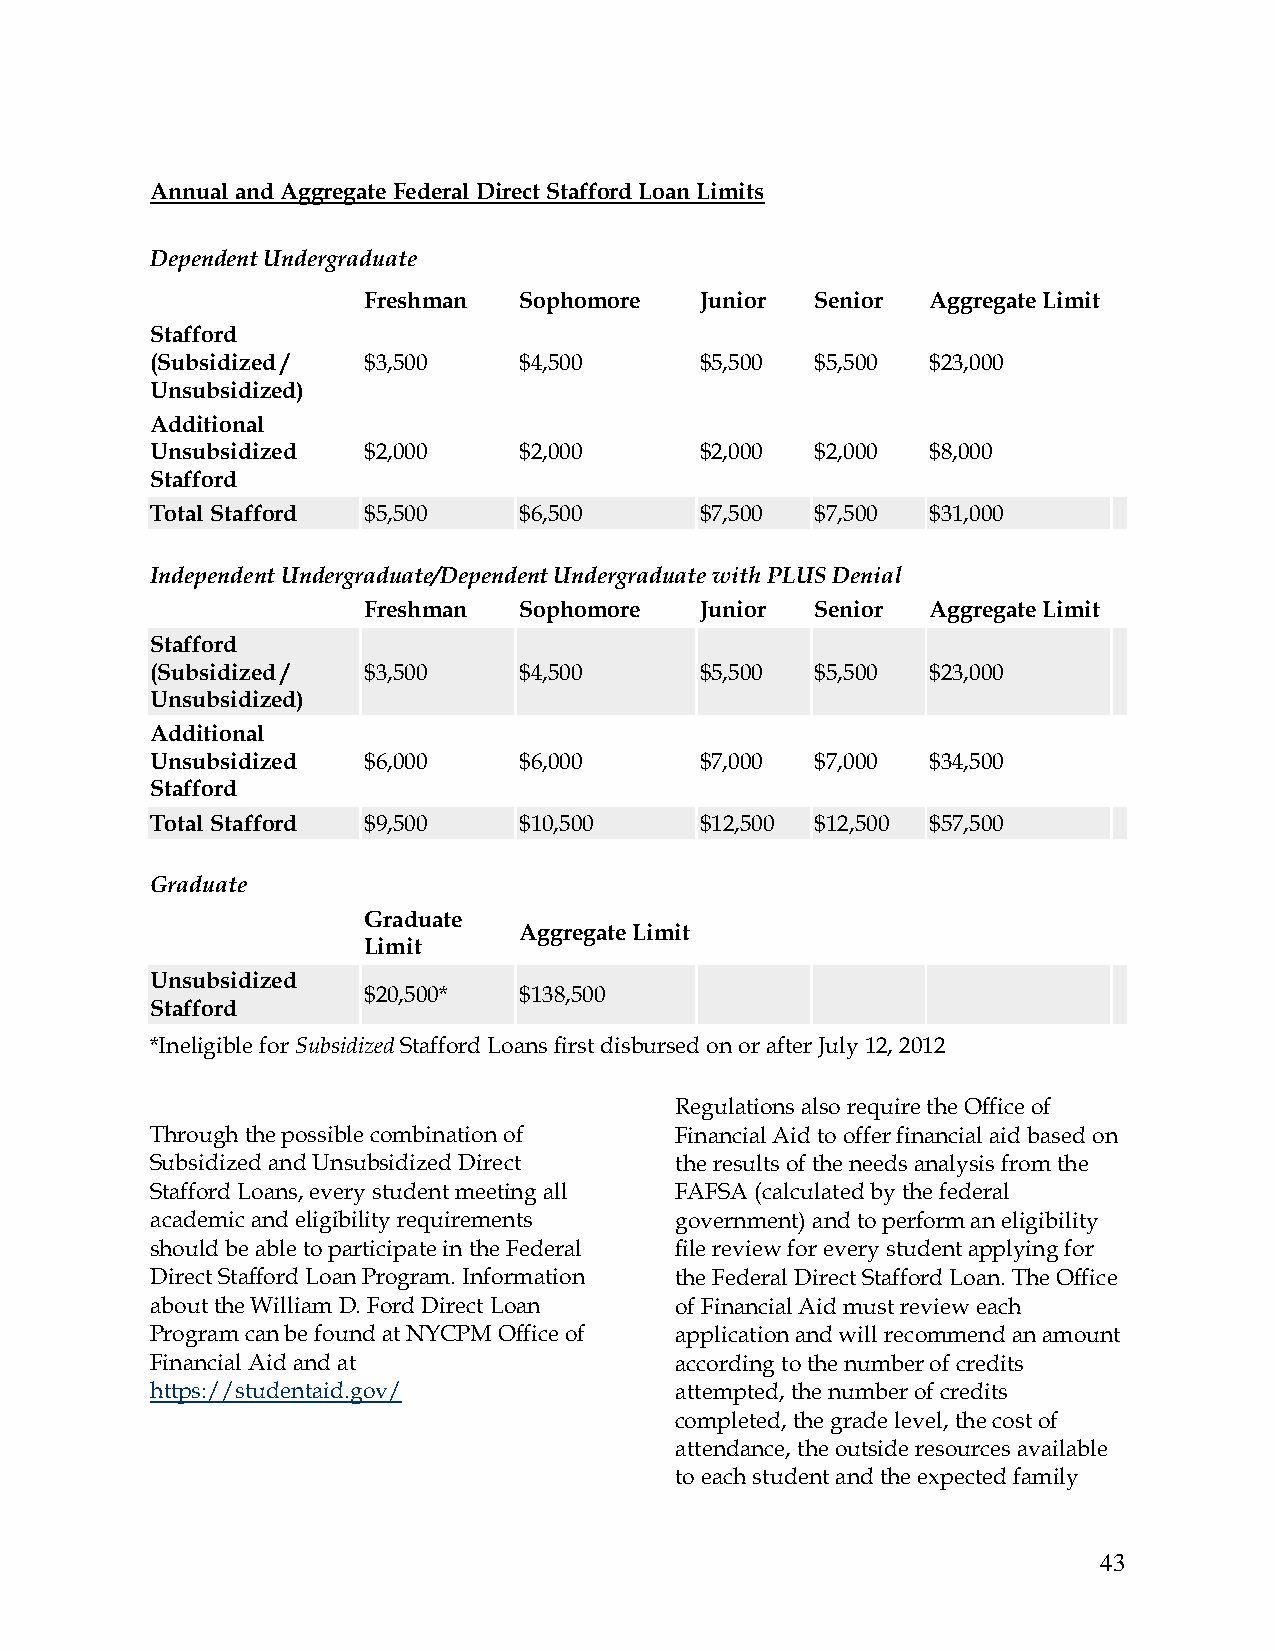
Annual and Aggregate Federal Direct Stafford Loan Limits
 Dependent Undergraduate
 F reshman S ophomore  J unior S enior Aggregate Limit
 Stafford
 (Subsidized / $3,500    $4,500      $5,500  $5,500  $23,000
 Unsubsidized)
 Additional
 Unsubsidized  $2,000    $2,000      $2,000  $2,000  $8,000
 Stafford
 Total Stafford $5,500   $6,500      $7,500  $7,500  $31,000
 Independent Undergraduate/Dependent Undergraduate with PLUS Denial
 F reshman S ophomore  J unior S enior Aggregate Limit
 Stafford
 (Subsidized / $3,500    $4,500      $5,500  $5,500  $23,000
 Unsubsidized)
 Additional
 Unsubsidized  $6,000    $6,000      $7,000  $7,000  $34,500
 Stafford
 Total Stafford $9,500   $10,500     $12,500 $12,500 $57,500
 Graduate
 Graduate
 Aggregate Limit
 Limit
 Unsubsidized
 $20,500*  $138,500
 Stafford
 *Ineligible for Subsidized Stafford Loans first disbursed on or after July 12, 2012
 Regulations also require the Office of
 Through the possible combination of Financial Aid to offer financial aid based on
 Subsidized and Unsubsidized Direct the results of the needs analysis from the
 Stafford Loans, every student meeting all FAFSA (calculated by the federal
 academic and eligibility requirements government) and to perform an eligibility
 should be able to participate in the Federal file review for every student applying for
 Direct Stafford Loan Program. Information the Federal Direct Stafford Loan. The Office
 about the William D. Ford Direct Loan of Financial Aid must review each
 Program can be found at NYCPM Office of application and will recommend an amount
 Financial Aid and at               according to the number of credits
 https://studentaid.gov/            attempted, the number of credits
 completed, the grade level, the cost of
 attendance, the outside resources available
 to each student and the expected family
 43